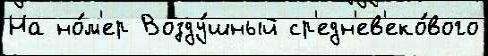
На но́м'ер Возду́шный ср'едн'ев'еко́вого